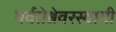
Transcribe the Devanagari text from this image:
पर्वतेश्रेवरस्वामी